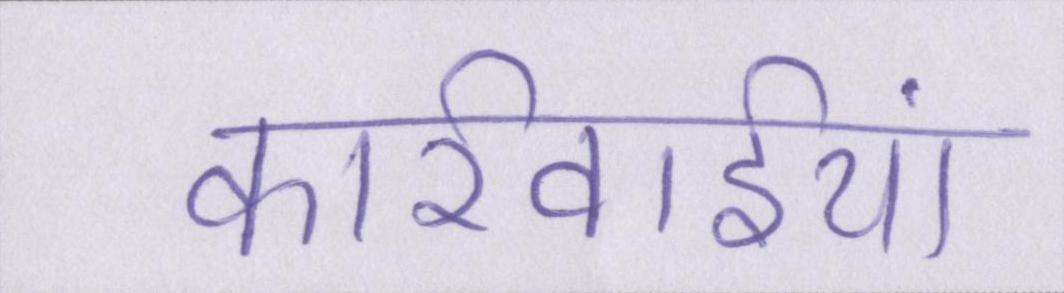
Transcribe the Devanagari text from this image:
कार्रवाईयां